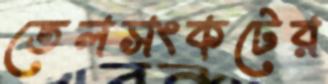
তেলসংকটের